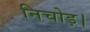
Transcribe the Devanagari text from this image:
निचोड़।